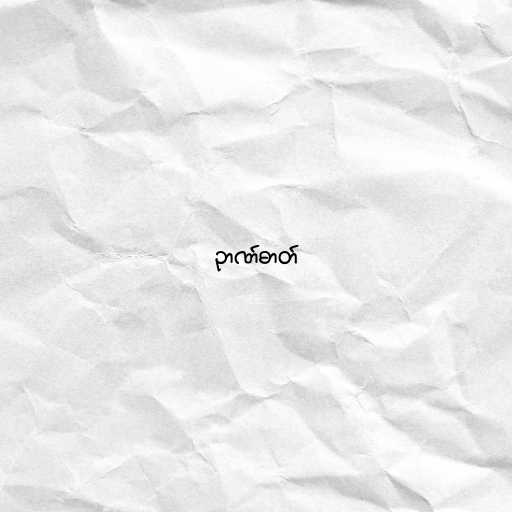
ဉာဏ်ဓာတ်